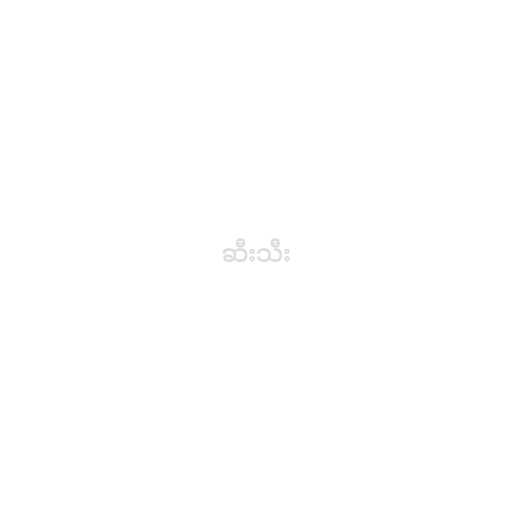
ဆီးသီး